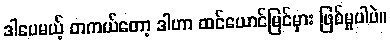
ဒါပေမယ့် တကယ်တော့ ဒါဟာ ထင်ယောင်မြင်မှား ဖြစ်မှုပါပဲ။